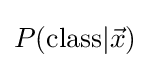
P({\rm {class}}|{\vec {x}})